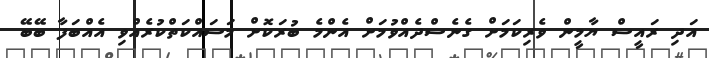
އަދި ރައީސް ޔާމީން ވެރިކަމަށް ގެނެސްދެއްވުމަށް އެންމެ ބުރަކޮށް މަސައްކަތްކުރެއްވި އެއްބަފާ ބޭބޭ